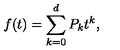
f ( t ) = \sum _ { k = 0 } ^ { d } P _ { k } t ^ { k } ,